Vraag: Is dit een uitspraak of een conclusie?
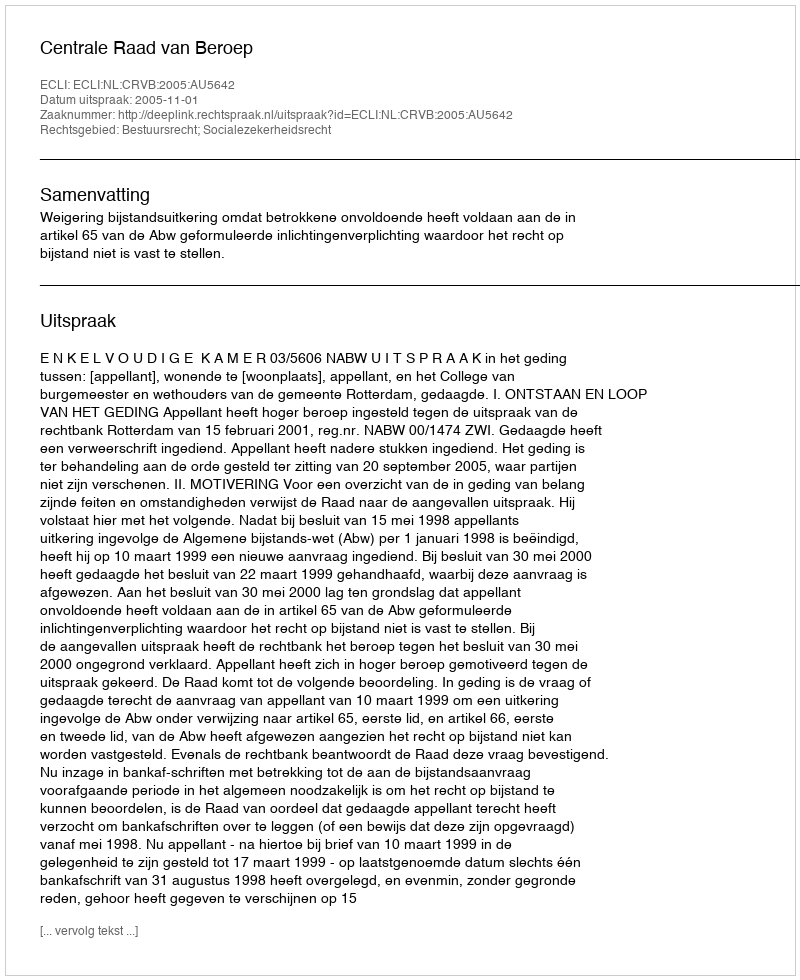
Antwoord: Uitspraak